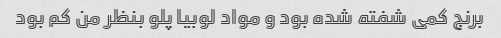
برنج کمی شفته شده بود و مواد لوبیا پلو بنظر من کم بود